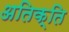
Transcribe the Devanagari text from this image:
अतिक्ति